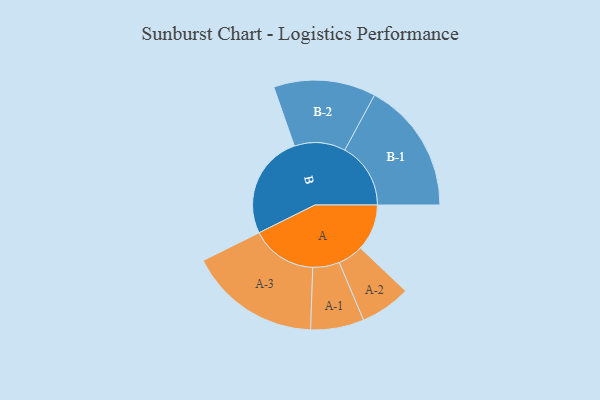
{"axis": {"x": "Segment", "y": "Value"}, "legend": ["", "A", "B"], "data": [{"x": "A", "y": 204, "type": ""}, {"x": "B", "y": 456, "type": ""}, {"x": "A-1", "y": 117, "type": "A"}, {"x": "A-2", "y": 111, "type": "A"}, {"x": "A-3", "y": 289, "type": "A"}, {"x": "B-1", "y": 289, "type": "B"}, {"x": "B-2", "y": 224, "type": "B"}]}